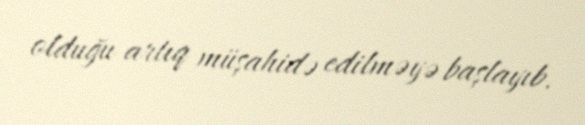
olduğu artıq müşahidə edilməyə başlayıb.